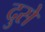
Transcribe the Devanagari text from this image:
दुसे